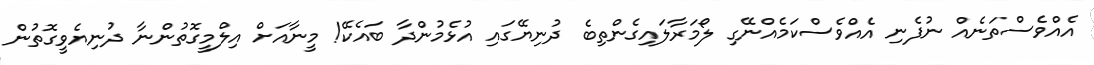
އެއްވެސްތަނެއް ނުފެނި އެއްވެސްކަމެއްނޭގި ލޯމަރާލައިގެންތިބެ ދުނިޔޭގައި އުޅެމުންދާ ބައެކޭ! މީނާއަށް އިލްމީގޮތުންނާ ދުނިޔެވީގޮތުން